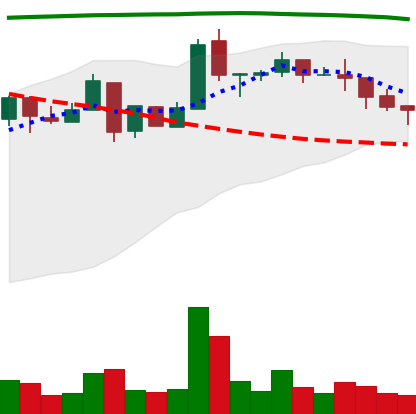
Ticker: NEO-USD
Chart end date: 2018-05-09
Forward return: -12.929%
Label: down_7plus